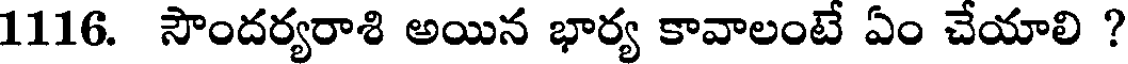
1116. సౌందర్యరాశి అయిన భార్య కావాలంటే ఏం చేయాలి ?